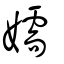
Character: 嬬